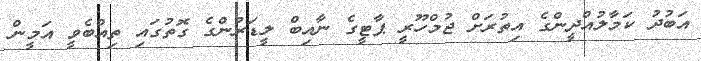
އަބުދު ކަމާލުއްދީންގެ އިތުރަށް ޖުމްހޫރީ ޕާޓީގެ ނާއިބް ލީޑަރުންގެ ގޮތުގައި ތިއްބެވީ އަމީން